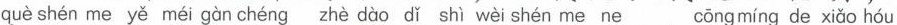
què shén me yě méi gàn chéng zhè dào dǐ shì wèi shén me ne cōng míng de xiǎo hóu